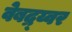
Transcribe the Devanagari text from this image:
वेबद्र्य्वर